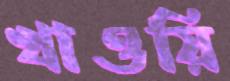
খাওয়ি